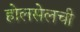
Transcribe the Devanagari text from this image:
होलसेलची